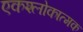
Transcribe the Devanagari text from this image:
एकश्लोकात्मक